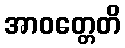
အာဝတ္တေတိ